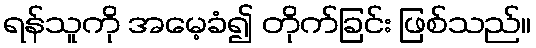
ရန်သူကို အမေ့ခံ၍ တိုက်ခြင်း ဖြစ်သည်။